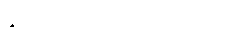
ခွေးစာ၊ လင်းတစာပါတကာ:။